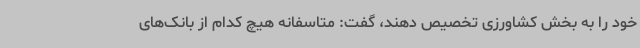
خود را به بخش کشاورزی تخصیص دهند، گفت: متاسفانه هیچ کدام از بانک‌های